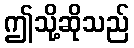
ဤသို့ဆိုသည်